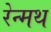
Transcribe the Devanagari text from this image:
रेन्मथ